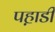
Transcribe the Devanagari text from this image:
पह़ाडी